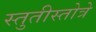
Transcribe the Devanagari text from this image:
स्तुतीस्तोत्रे